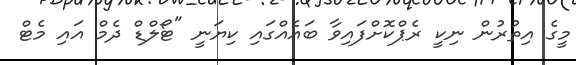
މީގެ އިތުރުން ނިކީ ރެޕްކޮށްފައިވާ ބައެއްގައި ކިޔަނީ "ޓޯލްޑް ދެމް އައި މެޓް